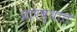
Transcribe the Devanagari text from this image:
प्रारब्धात